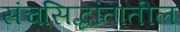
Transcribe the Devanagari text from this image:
संचसिद्धांतातील